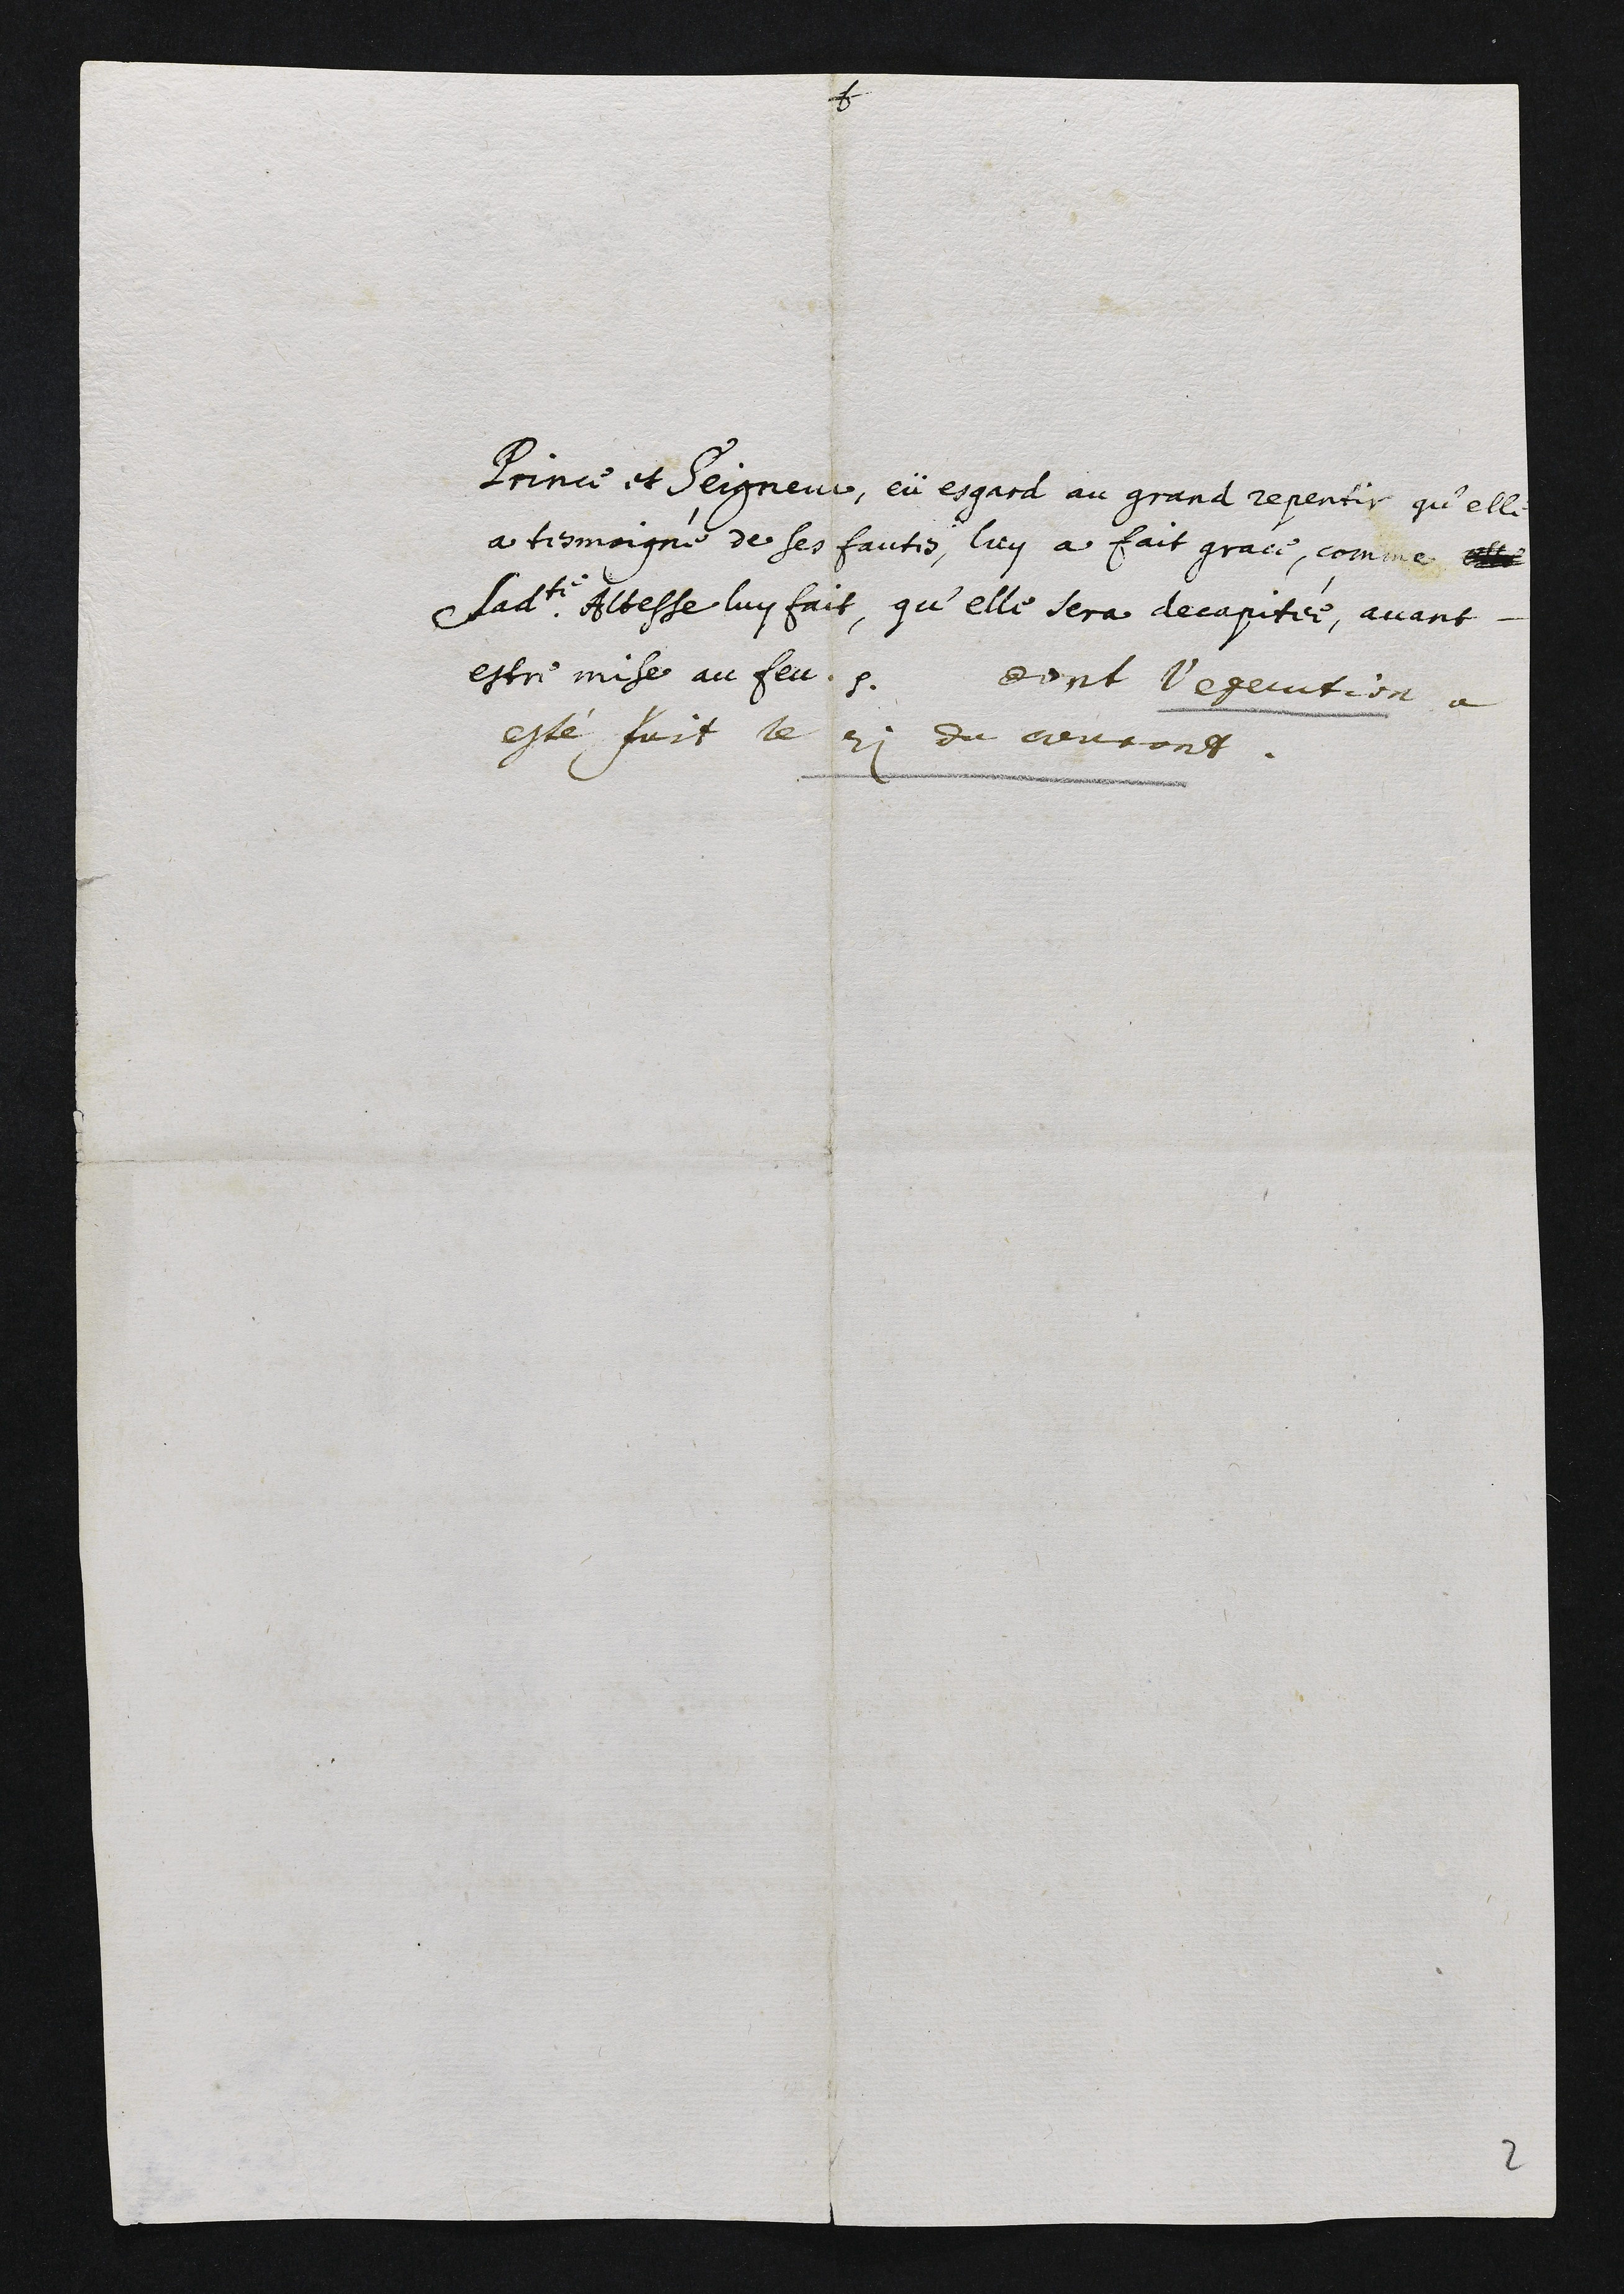
Prince et Seigneur, eu esgrrd au grand repentir qu’elle
à tesmoigne de ses fautes, luy a fait grace, comme ele
+ ladite Altesse luy fait, qu’elle sera decapitée, avant.
estre mise au feu. Dent l'’egecution à
este foit le 21 du genrong.